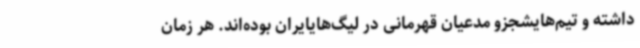
داشته‌ و تیم‌هایشجزو مدعیان قهرمانی در لیگ‌هایایران بوده‌اند. هر زمان